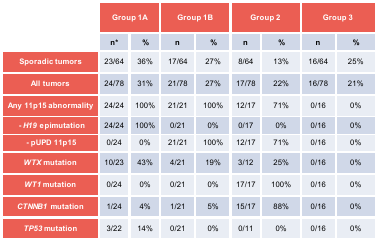
<table><thead><tr><td rowspan="2"></td><td colspan="2"><b>Group 1A</b></td><td colspan="2"><b>Group 1B</b></td><td colspan="2"><b>Group 2</b></td><td colspan="2"><b>Group 3</b></td></tr><tr><td><b>n*</b></td><td><b>%</b></td><td><b>n</b></td><td><b>%</b></td><td><b>n</b></td><td><b>%</b></td><td><b>n</b></td><td><b>%</b></td></tr></thead><tbody><tr><td><b>Sporadic tumors</b></td><td>23/64</td><td>36%</td><td>17/64</td><td>27%</td><td>8/64</td><td>13%</td><td>16/64</td><td>25%</td></tr><tr><td><b>All tumors</b></td><td>24/78</td><td>31%</td><td>21/78</td><td>27%</td><td>17/78</td><td>22%</td><td>16/78</td><td>21%</td></tr><tr><td><b>Any 11p15 abnormality</b></td><td>24/24</td><td>100%</td><td>21/21</td><td>100%</td><td>12/17</td><td>71%</td><td>0/16</td><td>0%</td></tr><tr><td>- <i>H19</i> epimutation</td><td>24/24</td><td>100%</td><td>0/21</td><td>0%</td><td>0/17</td><td>0%</td><td>0/16</td><td>0%</td></tr><tr><td>- pUPD 11p15</td><td>0/24</td><td>0%</td><td>21/21</td><td>100%</td><td>12/17</td><td>71%</td><td>0/16</td><td>0%</td></tr><tr><td><i><b>WTX</b></i> mutation</td><td>10/23</td><td>43%</td><td>4/21</td><td>19%</td><td>3/12</td><td>25%</td><td>0/16</td><td>0%</td></tr><tr><td><i><b>WT1</b></i> mutation</td><td>0/24</td><td>0%</td><td>0/21</td><td>0%</td><td>17/17</td><td>100%</td><td>0/16</td><td>0%</td></tr><tr><td><i><b>CTNNB1</b></i> mutation</td><td>1/24</td><td>4%</td><td>1/21</td><td>5%</td><td>15/17</td><td>88%</td><td>0/16</td><td>0%</td></tr><tr><td><i><b>TP53</b></i> mutation</td><td>3/22</td><td>14%</td><td>0/21</td><td>0%</td><td>0/11</td><td>0%</td><td>0/16</td><td>0%</td></tr></tbody></table>